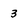
Character: 3